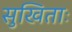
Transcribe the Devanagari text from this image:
सुखिताः